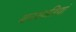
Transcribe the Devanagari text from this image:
बनस्पतियां